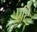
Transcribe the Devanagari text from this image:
एंटि